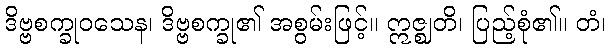
ဒိဗ္ဗစက္ခုဝသေန၊ ဒိဗ္ဗစက္ခု၏ အစွမ်းဖြင့်။ ဣဇ္ဈတိ၊ ပြည့်စုံ၏။ တံ၊